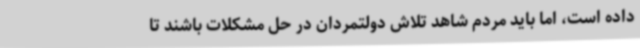
داده است، اما باید مردم شاهد تلاش دولتمردان در حل مشکلات باشند تا